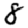
Digit: 8